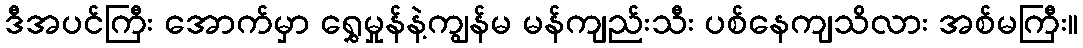
ဒီအပင်ကြီး အောက်မှာ ရွှေမှုန်နဲ့ကျွန်မ မန်ကျည်းသီး ပစ်နေကျသိလား အစ်မကြီး။